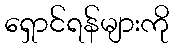
ရှောင်ရန်များကို